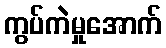
ကွပ်ကဲမှုအောက်